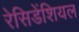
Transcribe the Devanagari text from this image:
रेसिडेंशियल